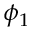
\phi _ { 1 }